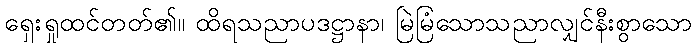
ရှေးရှုထင်တတ်၏။ ထိရသညာပဒဋ္ဌာနာ၊ မြဲမြံသောသညာလျှင်နီးစွာသော